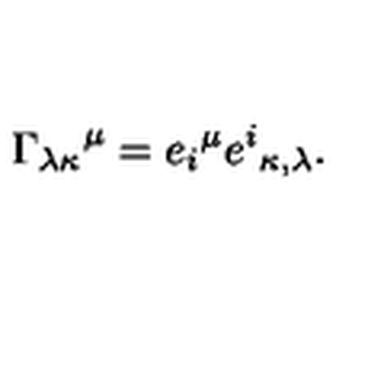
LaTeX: { \Gamma _ { \lambda \kappa } } ^ { \mu } = { e _ { i } } ^ { \mu } { e ^ { i } } _ { \kappa , \lambda } .